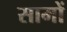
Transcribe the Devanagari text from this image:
सामों